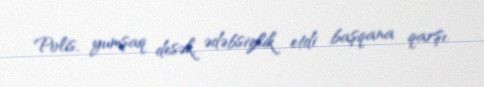
Polis, yumşaq desək, ədəbsizlik etdi başqana qarşı.